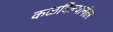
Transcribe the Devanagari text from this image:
कळविल्यानंतर